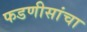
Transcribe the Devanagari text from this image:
फडणीसांचा